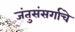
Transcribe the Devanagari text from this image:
जंतुसंसर्गाचे